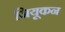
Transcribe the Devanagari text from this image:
जियूकन